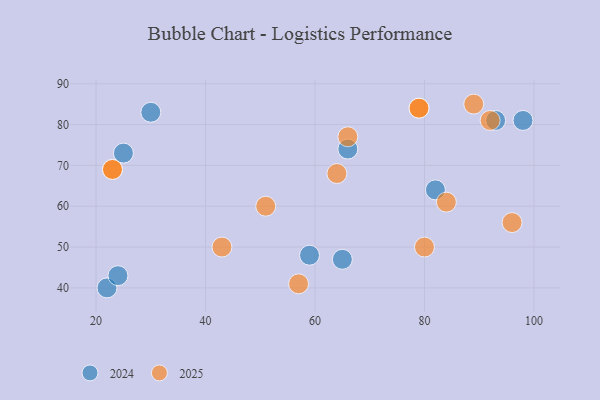
{"axis": {"x": "GDP", "y": "Life Expectancy"}, "legend": ["2024", "2025"], "data": [{"x": "66", "y": 74, "type": "2024"}, {"x": "59", "y": 48, "type": "2024"}, {"x": "22", "y": 40, "type": "2024"}, {"x": "82", "y": 64, "type": "2024"}, {"x": "24", "y": 43, "type": "2024"}, {"x": "30", "y": 83, "type": "2024"}, {"x": "25", "y": 73, "type": "2024"}, {"x": "65", "y": 47, "type": "2024"}, {"x": "98", "y": 81, "type": "2024"}, {"x": "93", "y": 81, "type": "2024"}, {"x": "64", "y": 68, "type": "2025"}, {"x": "79", "y": 84, "type": "2025"}, {"x": "79", "y": 84, "type": "2025"}, {"x": "66", "y": 77, "type": "2025"}, {"x": "84", "y": 61, "type": "2025"}, {"x": "23", "y": 69, "type": "2025"}, {"x": "23", "y": 69, "type": "2025"}, {"x": "89", "y": 85, "type": "2025"}, {"x": "80", "y": 50, "type": "2025"}, {"x": "96", "y": 56, "type": "2025"}, {"x": "43", "y": 50, "type": "2025"}, {"x": "92", "y": 81, "type": "2025"}, {"x": "51", "y": 60, "type": "2025"}, {"x": "57", "y": 41, "type": "2025"}]}